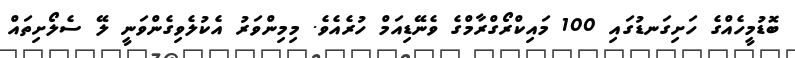
ބޮޑުމީހެއްގެ ހަށިގަނޑުގައި 100 މައިކްރޯގްރާމްގެ ވެނޭޑިއަމް ހުރެއެވެ. މިމިންވަރު އެކުލެވިގެންވަނީ ލޭ ސެލޯށިތައް